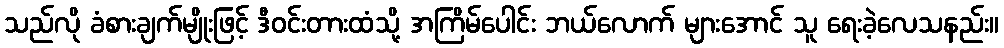
သည်လို ခံစားချက်မျိုးဖြင့် ဒီဝင်းတားထံသို့ အကြိမ်ပေါင်း ဘယ်လောက် များအောင် သူ ရေးခဲ့လေသနည်း။